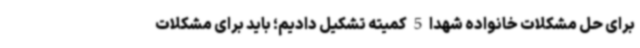
برای حل مشکلات خانواده شهدا 5 کمیته تشکیل دادیم؛ باید برای مشکلات